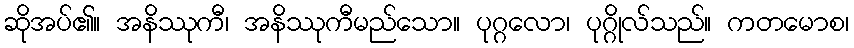
ဆိုအပ်၏။ အနိဿုကီ၊ အနိဿုကီမည်သော။ ပုဂ္ဂလော၊ ပုဂ္ဂိုလ်သည်။ ကတမောစ၊